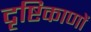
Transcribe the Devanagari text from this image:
दृष्टिकाणों